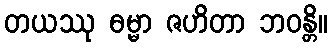
တယဿု ဓမ္မာ ဇဟိတာ ဘဝန္တိ။